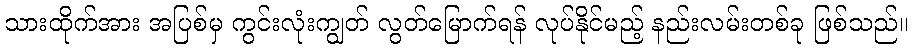
သားထိုက်အား အပြစ်မှ ကွင်းလုံးကျွတ် လွတ်မြောက်ရန် လုပ်နိုင်မည့် နည်းလမ်းတစ်ခု ဖြစ်သည်။